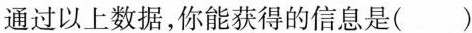
通过以上数据，你能获得的信息是()